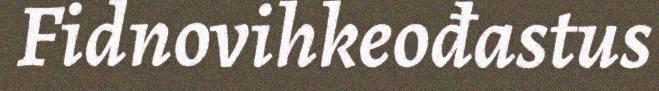
Fidnovihkeođastus